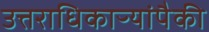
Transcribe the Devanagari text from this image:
उत्तराधिकाऱ्यांपैकी